Civil Veterinary Department. Madras. Admin. report 1926-33 - 1926-1933
Year: 1926
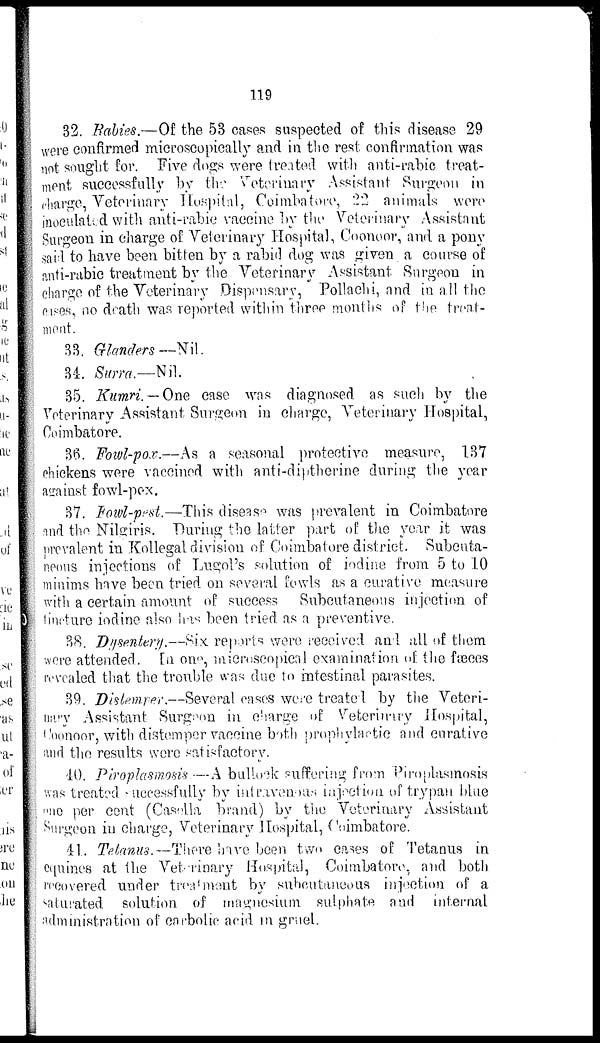
119
32. Rabies.—Of the 53 cases suspected of this disease 29
were confirmed microscopically and in the rest confirmation was
not sought for. Five dogs were treated with anti-rabic treat-
ment successfully by the Veterinary Assistant Surgeon in
charge, Veterinary Hospital, Coimbatore, 22 animals were
inoculated with anti-rabic vaccine by the Veterinary Assistant
Surgeon in charge of Veterinary Hospital, Coonoor, and a pony
said to have been bitten by a rabid dog was given a course of
anti-rabic treatment by the Veterinary Assistant. Surgeon in
charge of the Veterinary Dispensary, Pollachi, and in all the
cases, no death was reported within three months of the treat-
ment.
33. Glanders—-Nil.
34. Surra.—Nil.
35. Kumri.—One case was diagnosed as such by the
Veterinary Assistant Surgeon in charge, Veterinary Hospital,
Coimbatore.
36. Fowl-pox.—As a seasonal protective measure, 137
chickens were vaccined with anti-diptherine during the year
against fowl-pox.
37. Fowl-pest.—This disease was prevalent in Coimbatore
and the Nilgiris. During the latter part of the year it was
prevalent in Kollegal division of Coimbatore district. Subcuta-
neous injections of Lugol's solution of iodine from 5 to 10
minims have been tried on several fowls as a curative measure
with a certain amount of success Subcutaneous injection of
tineture iodine also has been tried as a preventive.
38. Dysentery.—Six reports were received and all of them
were attended. In one, microscopical examination of the fæces
revealed that the trouble was due to intestinal parasites.
39. Distemper.—Several cases were treated by the Veteri-
nary Assistant Surgeon in charge of Veterinary Hospital,
Coonoor, with distemper vaccine both prophylactic and curative
and the results were satisfactory.
40. Piroplasmosis.—A bullock suffering from Piroplasmosis
was treated successfully by intravenous injection of trypan blue
one per cent (Casella brand) by the Veterinary Assistant
Surgeon in charge, Veterinary Hospital, Coimbatore.
41. Tetanus.—There have been two cases of Tetanus in
equines at the Veterinary Hospital, Coimbatore, and both
recovered under treatment by subcutaneous injection of a
saturated solution of magnesium sulphate and internal
administration of carbolic acid in gruel.